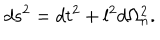
LaTeX: d s ^ { 2 } = d t ^ { 2 } + l ^ { 2 } d \Omega _ { n } ^ { 2 } .